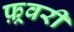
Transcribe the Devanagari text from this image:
फ़्रवरी